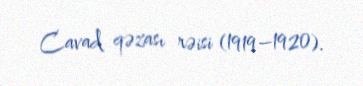
Cavad qəzası rəisi (1919–1920).